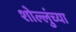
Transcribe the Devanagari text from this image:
शोल्लुंच्या